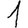
Digit: 1